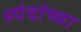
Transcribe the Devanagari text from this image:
स्पंदांच्या